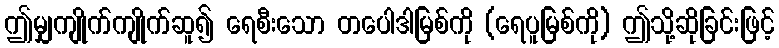
ဤမျှကျိုက်ကျိုက်ဆူ၍ ရေစီးသော တပေါဒါမြစ်ကို (ရေပူမြစ်ကို) ဤသို့ဆိုခြင်းဖြင့်